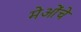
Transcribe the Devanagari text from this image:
मेओंचे